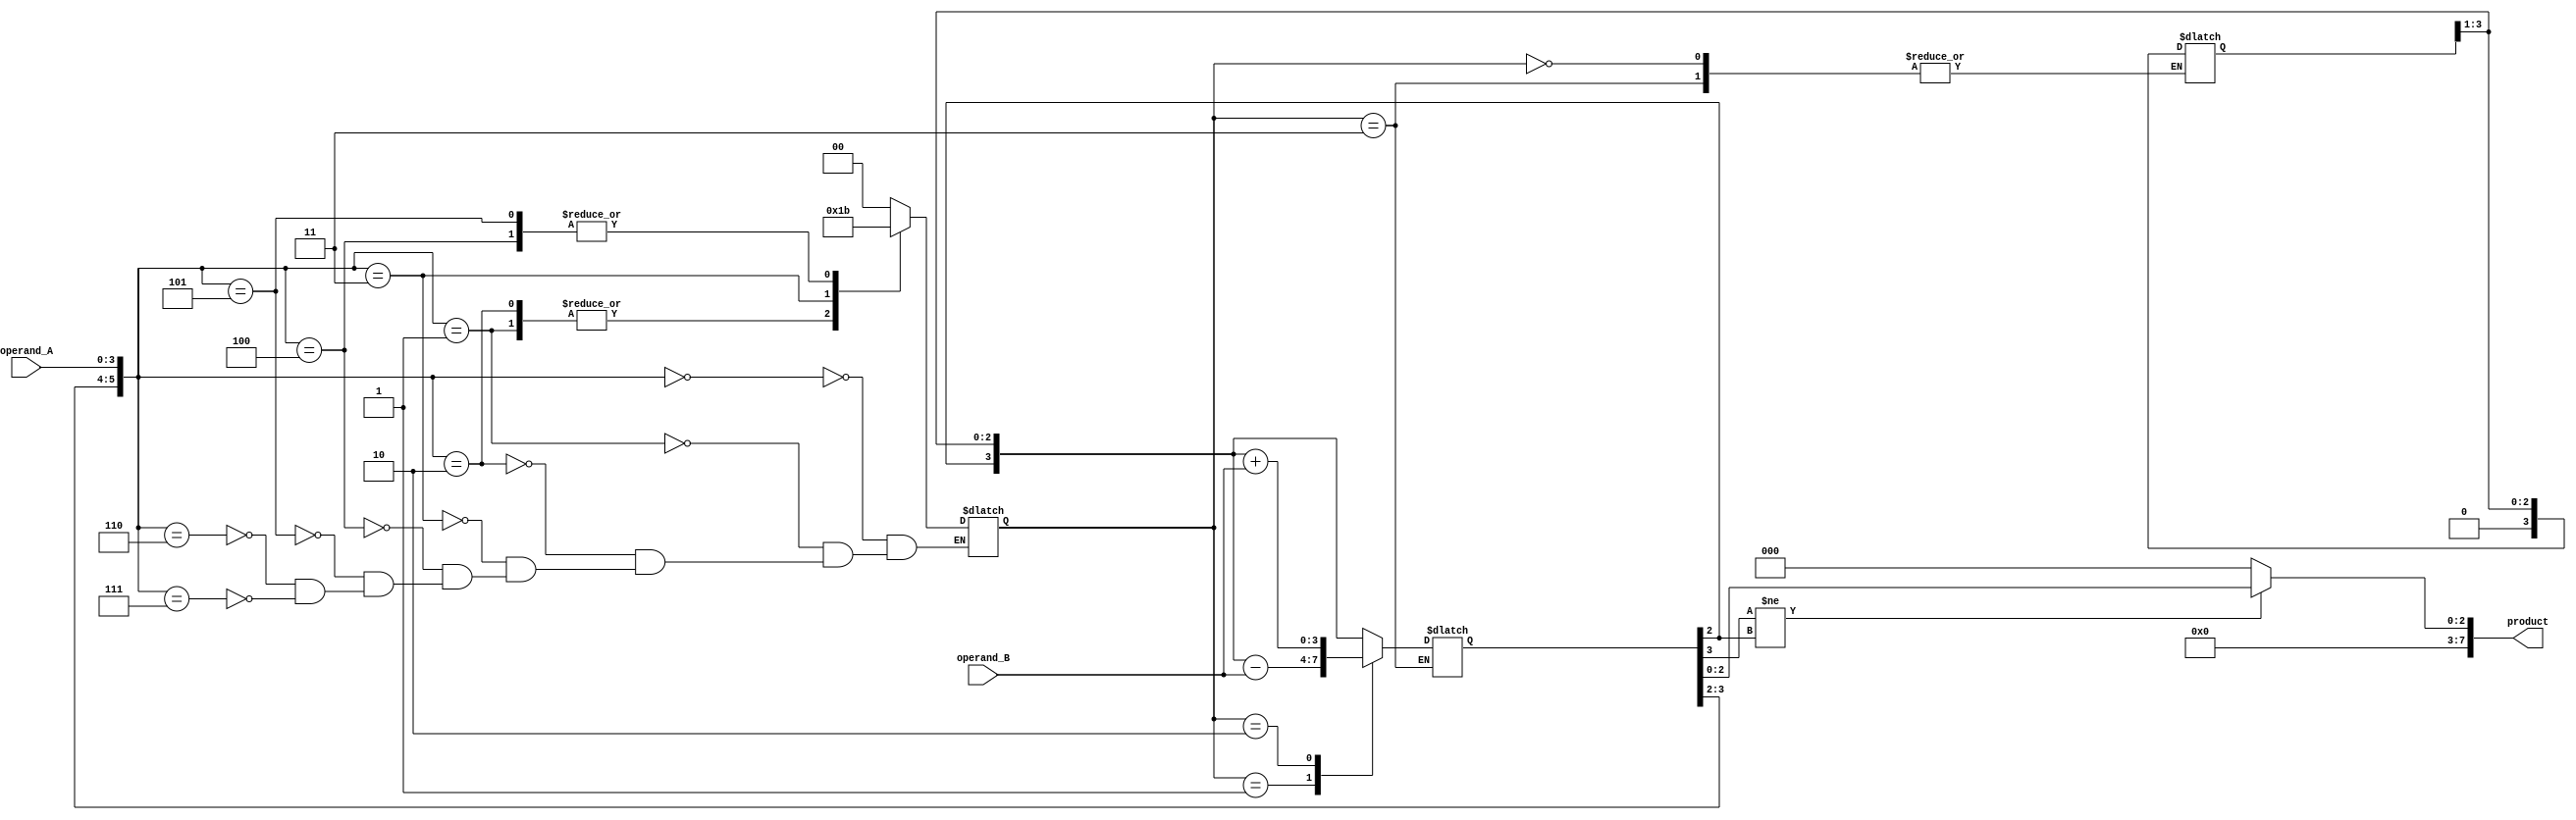
module BoothMultiplier(
    input wire [3:0] operand_A,
    input wire [3:0] operand_B,
    output reg [7:0] product
);

reg [3:0] partial_product;
reg [3:0] accumulator;
reg [1:0] control;

// Booth encoding logic
always @* begin
    case({accumulator[3], accumulator[2], operand_A})
        3'b000: control = 2'b00;
        3'b001: control = 2'b01;
        3'b010: control = 2'b01;
        3'b011: control = 2'b10;
        3'b100: control = 2'b11;
        3'b101: control = 2'b11;
        3'b110: control = 2'b00;
        3'b111: control = 2'b00;
    endcase
end

// Booth multiplier logic
always @* begin
    case(control)
        2'b00: begin // No operation
            partial_product <= partial_product;
            accumulator <= {accumulator[3], accumulator[2], partial_product[3:1]};
        end
        2'b01: begin // Shift right and subtract
            partial_product <= partial_product >> 1;
            accumulator <= {accumulator[3], accumulator[2], partial_product[3:1]} - operand_B;
        end
        2'b10: begin // Shift right and add
            partial_product <= partial_product >> 1;
            accumulator <= {accumulator[3], accumulator[2], partial_product[3:1]} + operand_B;
        end
        2'b11: begin // Right shift the accumulator
            partial_product <= partial_product;
            accumulator <= {accumulator[3], accumulator[2], accumulator[1:0]};
        end
    endcase
end

// Overflow detection
always @* begin
    if(accumulator[3] != accumulator[2])
        product <= {accumulator[2], accumulator[1:0]};
    else
        product <= 8'b0; // Overflow condition
end

endmodule